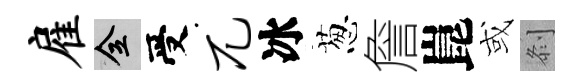
雇全受兀冰葱詹崑或𠛴